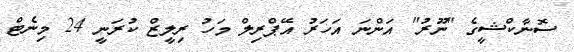
ސޮނާކްޝީގެ "ނޫރު" އަންނަ އަހަރު އޭޕްރިލް މަހު ރިލީޒް ކުރަނީ 24 މިނެޓް